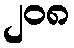
၂၀၈